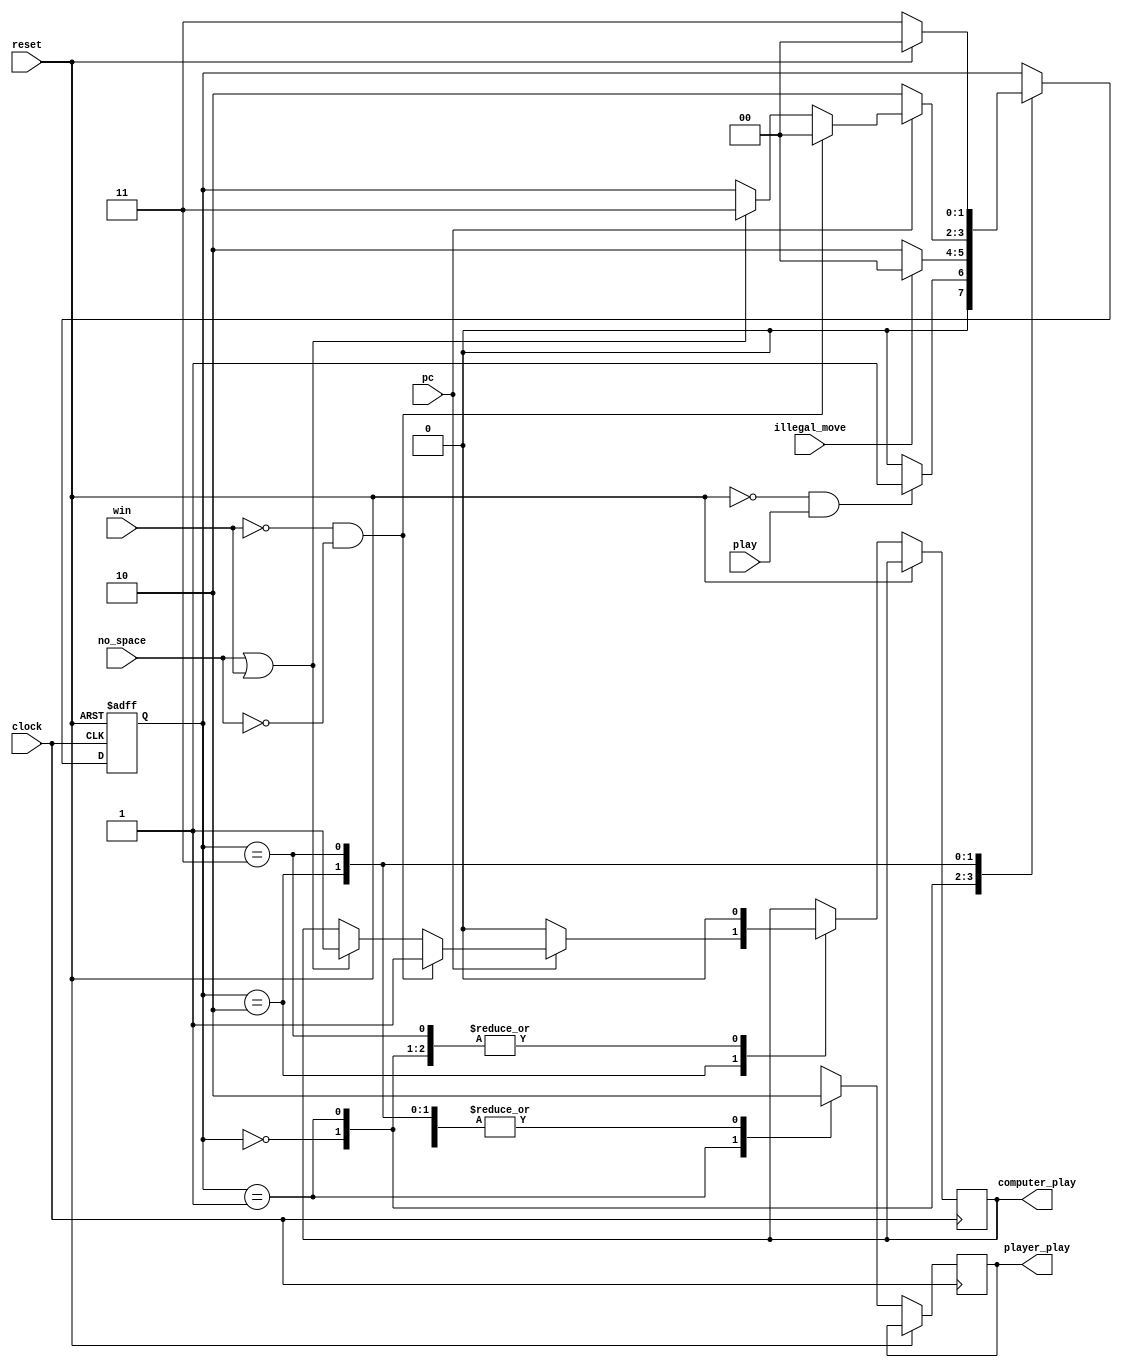
// FSM controller to control how player and computer play the TIC TAC TOE GAME 
// The FSM is implemented based on the designed state diagram 
// fpga4student.com: FPGA projects, Verilog projects, VHDL projects
module fsm_controller(
     input clock,// clock of the circuit 
     input reset,// reset 
     play, // player plays 
     pc,// computer plays 
     illegal_move,// illegal move detected 
     no_space, // no_space detected 
     win, // winner detected 
     output reg computer_play, // enable computer to play 
     player_play // enable player to play 
     );
// FSM States 
parameter      IDLE=2'b00;
parameter    PLAYER=2'b01;
parameter  COMPUTER=2'b10;
parameter GAME_DONE=2'b11;
reg[1:0] current_state, next_state;
// current state registers 
always @(posedge clock or posedge reset) 
begin 
    if(reset)
  	 current_state <= IDLE;
    else 
	 begin
  	 //current_state <= next_state;
	  
	 case(current_state)
	 IDLE: begin 
	  if(reset==1'b0 && play == 1'b1)
	   current_state <= PLAYER; // player to play 
	  else 
	   current_state <= IDLE;
	  player_play <= 1'b0;
	  computer_play <= 1'b0;
	 end 
	 PLAYER:begin 
	  player_play <= 1'b1;
	  computer_play <= 1'b0;
	  if(illegal_move==1'b0)
	   current_state <= COMPUTER; // computer to play 
	  else 
	   current_state <= IDLE;
	 end 
	 COMPUTER:begin 
	  player_play <= 1'b0;
	  if(pc==1'b0) begin 
	   current_state <= COMPUTER;
	   computer_play <= 1'b0;
	  end
	  else if(win==1'b0 && no_space == 1'b0)
	  begin 
	   current_state <= IDLE;
	   computer_play <= 1'b1;// computer to play when PC=1
	  end 
	  else if(no_space == 1 || win ==1'b1)
	  begin 
	   current_state <= GAME_DONE; // game done 
	   computer_play <= 1'b1;// computer to play when PC=1
	  end  
	 end 
	 GAME_DONE:begin // game done
	  player_play <= 1'b0;
	  computer_play <= 1'b0; 
	  if(reset==1'b1) 
	   current_state <= IDLE;// reset the game to IDLE 
	  else 
	   current_state <= GAME_DONE;  
	 end 
	 default: current_state <= IDLE; 
	 endcase
	 end
	end 
 
endmodule